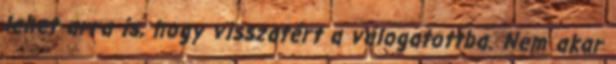
lehet arra is, hogy visszatért a válogatottba. Nem akar